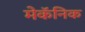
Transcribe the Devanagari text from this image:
मेकॅनिक